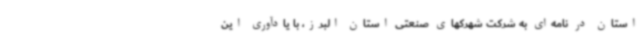
استان در نامه‌ای به شرکت شهرکهای صنعتی استان البرز، با یادآوری این